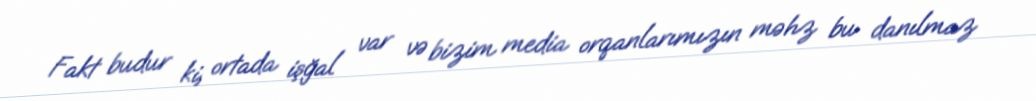
Fakt budur ki, ortada işğal var və bizim media orqanlarımızın məhz bu danılmaz